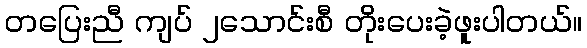
တပြေးညီ ကျပ် ၂သောင်းစီ တိုးပေးခဲ့ဖူးပါတယ်။